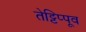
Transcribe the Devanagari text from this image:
तेट्टिप्पूव